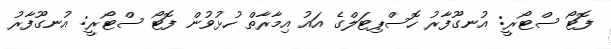
ފޮޓޯ ސްޓޯރީ: އުނގޫފާރު ހޮސްޕިޓަލްގެ އައު އިމާރާތް ހުޅުވުން ފޮޓޯ ސްޓޯރީ: އުނގޫފާރު